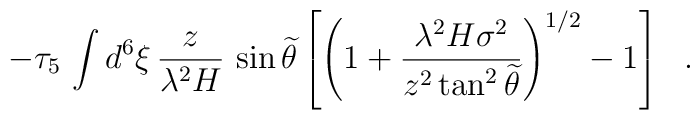
- \tau_5\, \int d^6 \xi\,\frac{z}{\lambda^2 H}\,\sin {\widetilde{\theta}}\left[ \left( 1 +\frac{\lambda^2 H \sigma^2}{ z^2 \tan^2 {\widetilde{\theta}}}\right)^{1/2} -1 \right]~~.